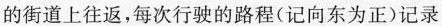
的街道上往返，每次行驶的路程(记向东为正)记录